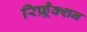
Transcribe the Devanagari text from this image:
रिफ़्रैक्शन